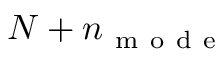
N + n _ { \mathrm { ~ m ~ o ~ d ~ e ~ } }